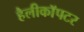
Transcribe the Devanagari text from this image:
हैलीकाॅपटर